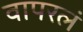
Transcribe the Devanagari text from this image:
वापरलं